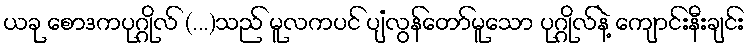
ယခု စောဒကပုဂ္ဂိုလ် (...)သည် မူလကပင် ပျံလွန်တော်မူသော ပုဂ္ဂိုလ်နဲ့ ကျောင်းနီးချင်း